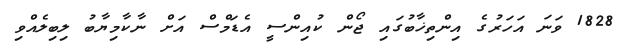
1828 ވަނަ އަހަރުގެ އިންތިޚާބުގައި ޖޯން ކުއިންސީ އެޑަމްސް އަށް ނާކާމިޔާބު ލިބިލެއްވި